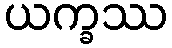
ယက္ခဿ